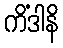
ကိံဒါနိ